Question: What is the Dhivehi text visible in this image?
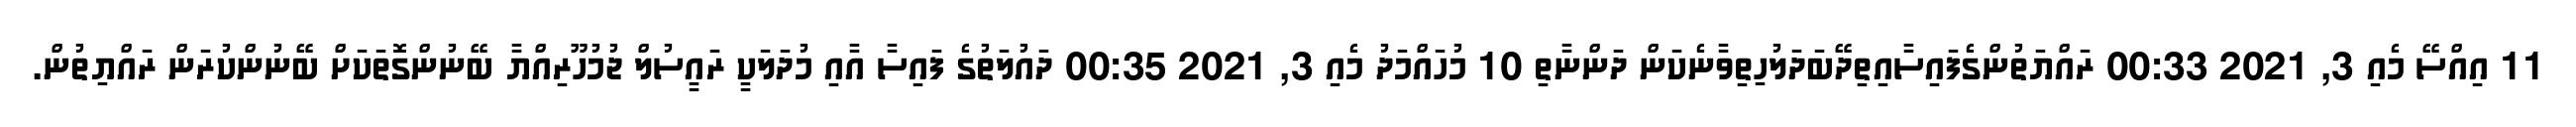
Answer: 11 އިއްސޭ މެއި 3, 2021 00:33 ރައްޔަތުންގެފައިސާއިތިދޭބަދަލުހިތިވާނެކަން ދަންނާތި 10 މުހައްމަދު މެއި 3, 2021 00:35 ދައުލަތުގެ ފައިސާ އާއި މުދަލަކީ ރައީސުލް ޖުމުހޫރިއްޔާ ބޭނުންގޮތަކަށް ބޭނުންކުރަން ރައްޔިތުން.